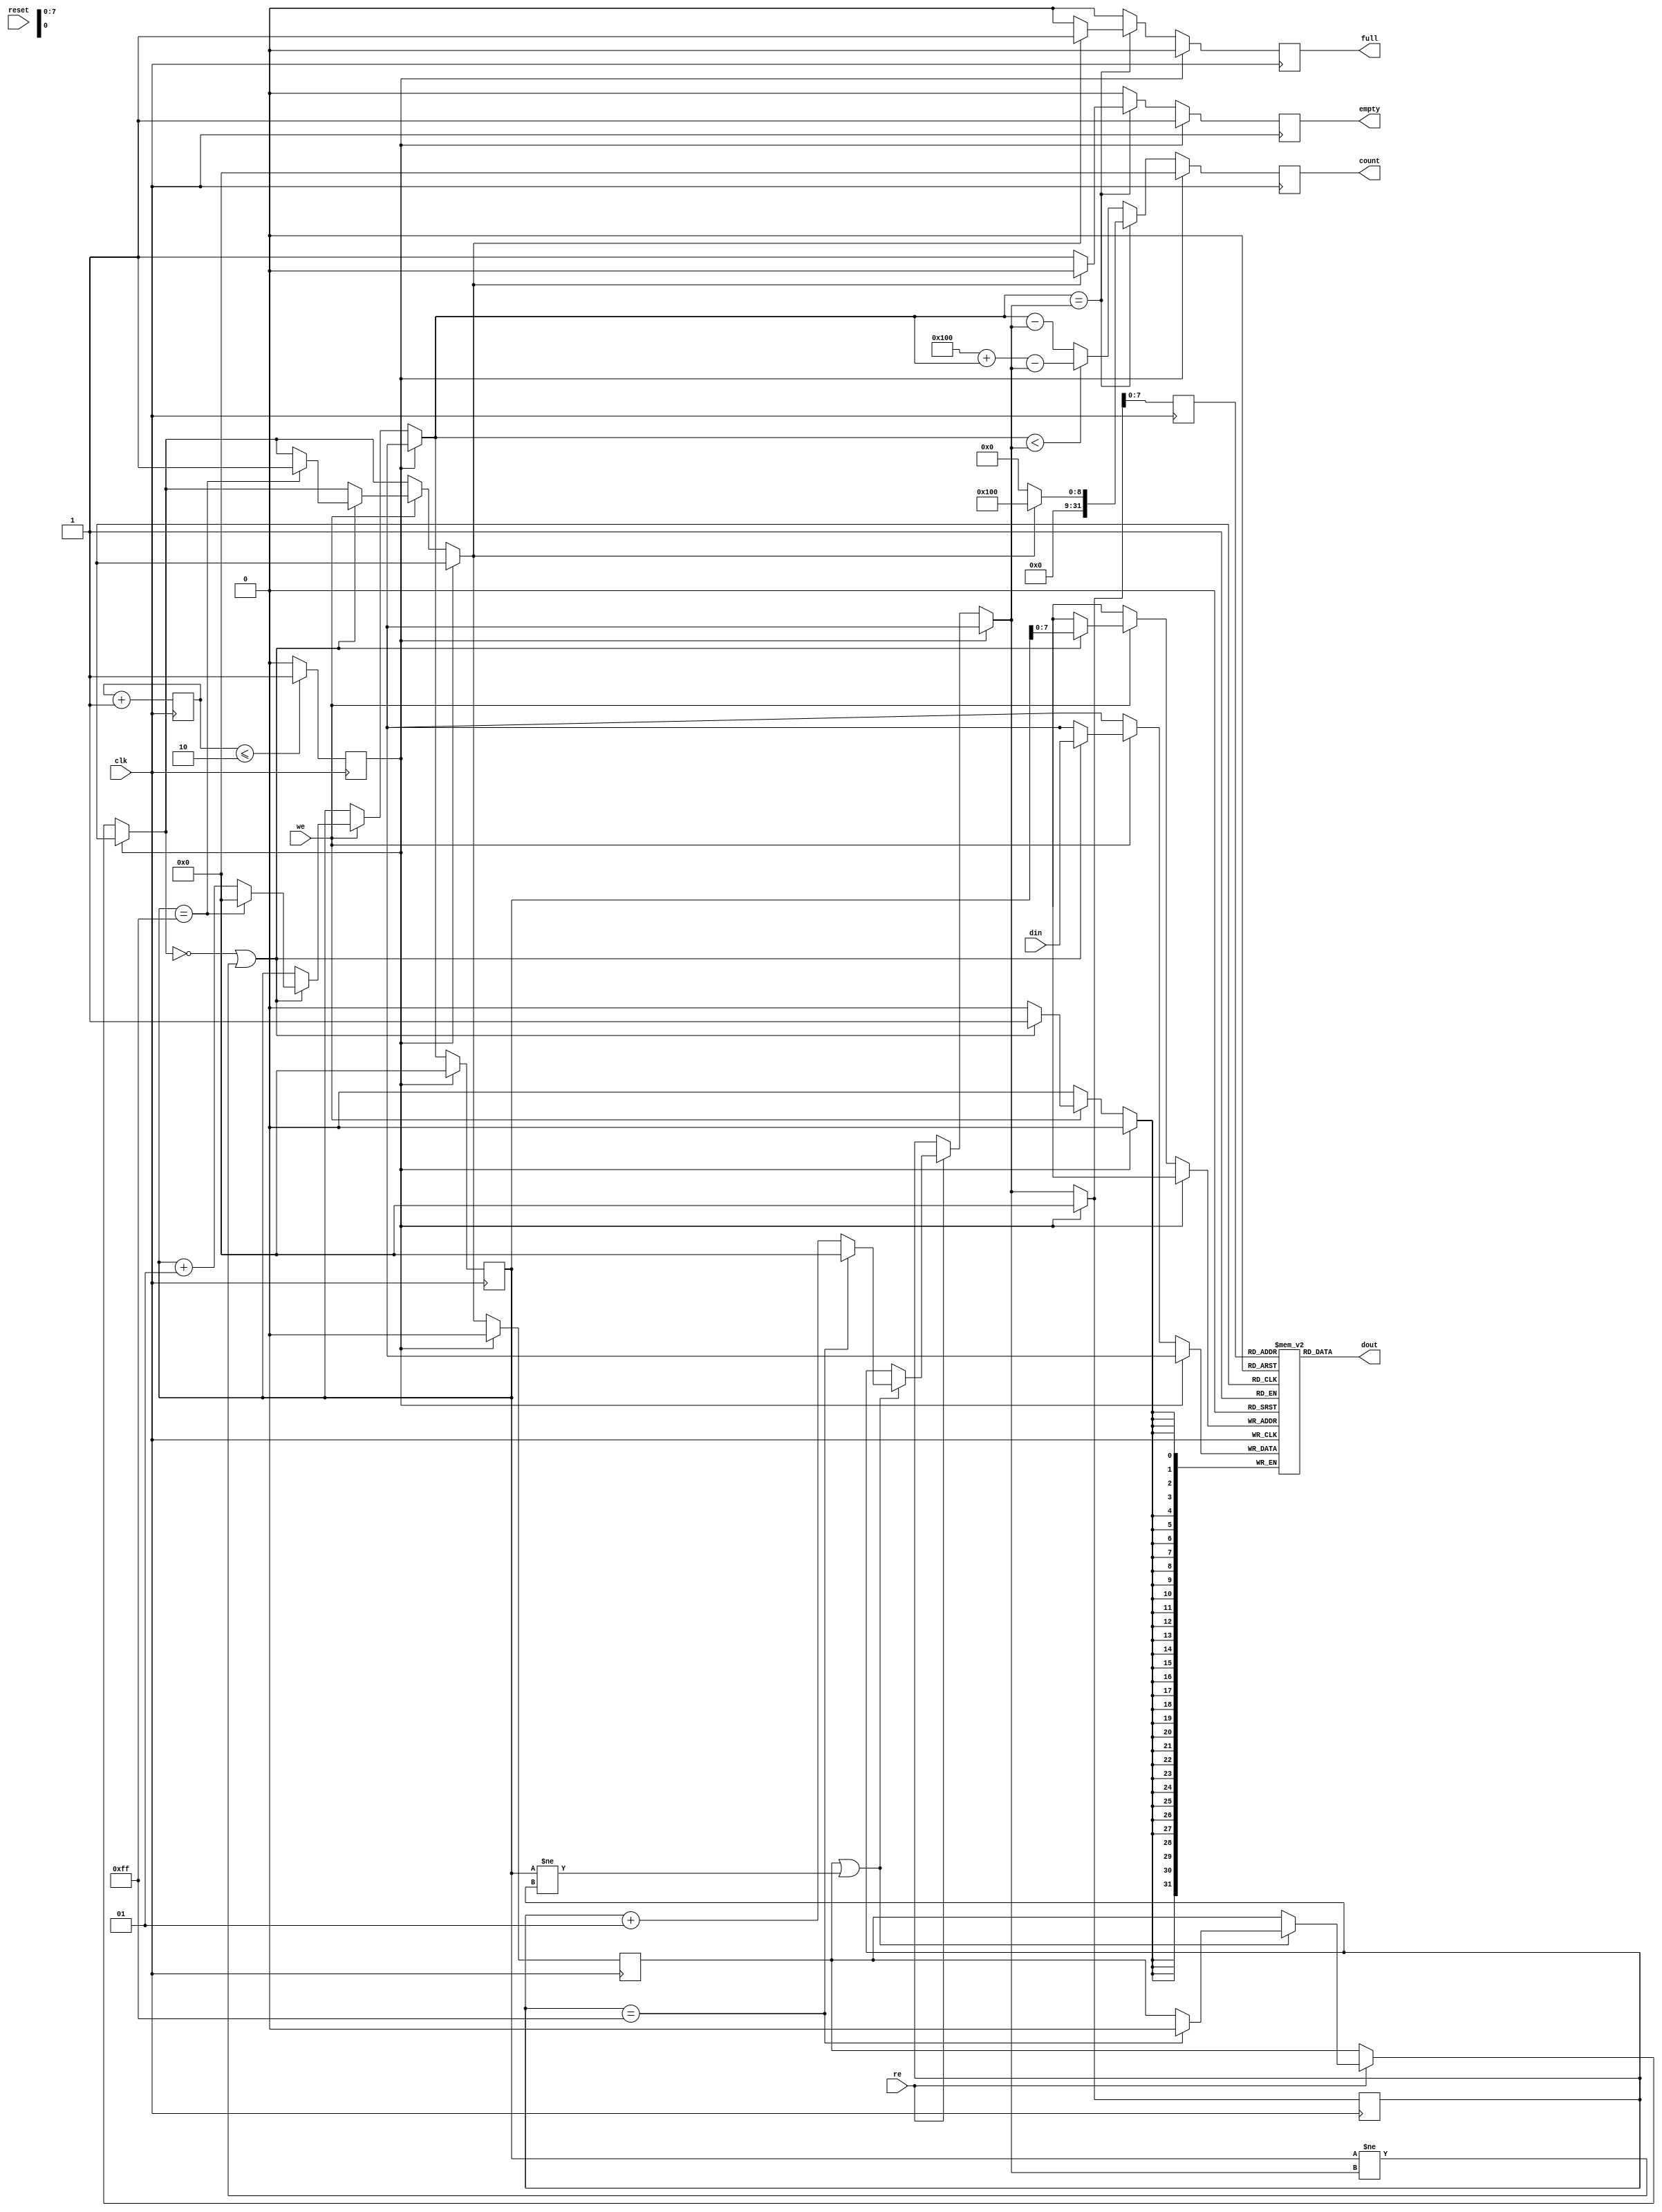
`default_nettype none

module simple_fifo #(parameter WIDTH = 32, parameter DEPTH = 8)
   (
    input wire 		   clk,
    input wire 		   reset,
   
    input wire 		   we,
    input wire [WIDTH-1:0] din,
    input wire 		   re,
    //output reg [WIDTH-1:0] dout,
    output wire [WIDTH-1:0] dout,
    output reg 		   empty,
    output reg 		   full,
    output reg [WIDTH-1:0] count
    );
   
   localparam FIFO_SIZE = 2**DEPTH;
   
   reg signed [31:0] 	   head;
   reg signed [31:0] 	   tail;
   reg 			   looped;
  
   (* ram_styple="distributed" *) reg [WIDTH-1:0] mem[0:FIFO_SIZE-1];
   
   reg signed [31:0] 	   head_tmp;
   reg signed [31:0] 	   tail_tmp;
   
   reg signed [31:0] 	   count_tmp = 32'h0;
   reg 			   looped_tmp;
   reg 			   full_tmp;
   reg 			   empty_tmp;

   reg [31:0] counter = 0;
   reg reset_count = 0; 
    
   assign dout = mem[tail_tmp];


   always @(posedge clk) begin
      counter <= counter+1;
      if( counter <=2'b10) begin
  		reset_count = 1;
      end
      else reset_count = 0; 
   end

   always @(posedge clk) begin
      head_tmp   = head;
      tail_tmp   = tail;
      looped_tmp = looped;
      count_tmp  = 32'h0;

      if (reset_count == 1'b1) begin
	 
         head_tmp   = 32'h0;
         tail_tmp   = 32'h0;
         looped_tmp = 1'b0;
         full_tmp   = 1'b0;
         empty_tmp  = 1'b1;
	 
      end else begin
	
	 // read operation
         if (re == 1'b1) begin
            if ((looped_tmp == 1'b1) || (head_tmp != tail_tmp)) begin
                  //dout <= mem[tail_tmp];
	       
               if (tail_tmp == FIFO_SIZE- 1) begin
		  tail_tmp = 32'h0;
		  looped_tmp = 1'b0;
               end else begin
		  tail_tmp = tail_tmp + 1;
               end
            end
         end // if (re == 1'b1)
        
	 // write operation
         if (we == 1'b1) begin
            if ((looped_tmp == 1'b0) || (head_tmp != tail_tmp)) begin
               mem[head_tmp] <= din;
               if (head_tmp == FIFO_SIZE - 1) begin
		  head_tmp   = 32'h0;
		  looped_tmp = 1'b1;
               end else begin
		  head_tmp = head_tmp + 1;
               end
            end
         end // if (we == 1'b1)
	 
	 // empty, flag operation
         if (head_tmp == tail_tmp) begin
            if (looped_tmp == 1'b1) begin
               full_tmp  = 1'b1;
               empty_tmp = 1'b0;
               count_tmp = FIFO_SIZE;
            end else begin
               full_tmp  = 1'b0;
               empty_tmp = 1'b1;
               count_tmp = 32'h0;
            end
         end else begin
            empty_tmp = 1'b0;
            full_tmp  = 1'b0;
          
            if (head_tmp < tail_tmp) begin
               count_tmp = FIFO_SIZE + head_tmp - tail_tmp;
            end else begin
               count_tmp = head_tmp - tail_tmp;
            end
         end // else: !if(head_tmp == tail_tmp)
	 	 
      end // else: !if(reset == 1'b1)
      
      head   <= head_tmp;
      tail   <= tail_tmp;
      looped <= looped_tmp;
      count  <= count_tmp;
      full   <= full_tmp;
      empty  <= empty_tmp;
      
   end // always @ (posedge clk)
  
endmodule // simple_fifo

`default_nettype wire